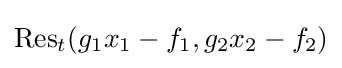
{\text{Res}}_{t}(g_{1}x_{1}-f_{1},g_{2}x_{2}-f_{2})